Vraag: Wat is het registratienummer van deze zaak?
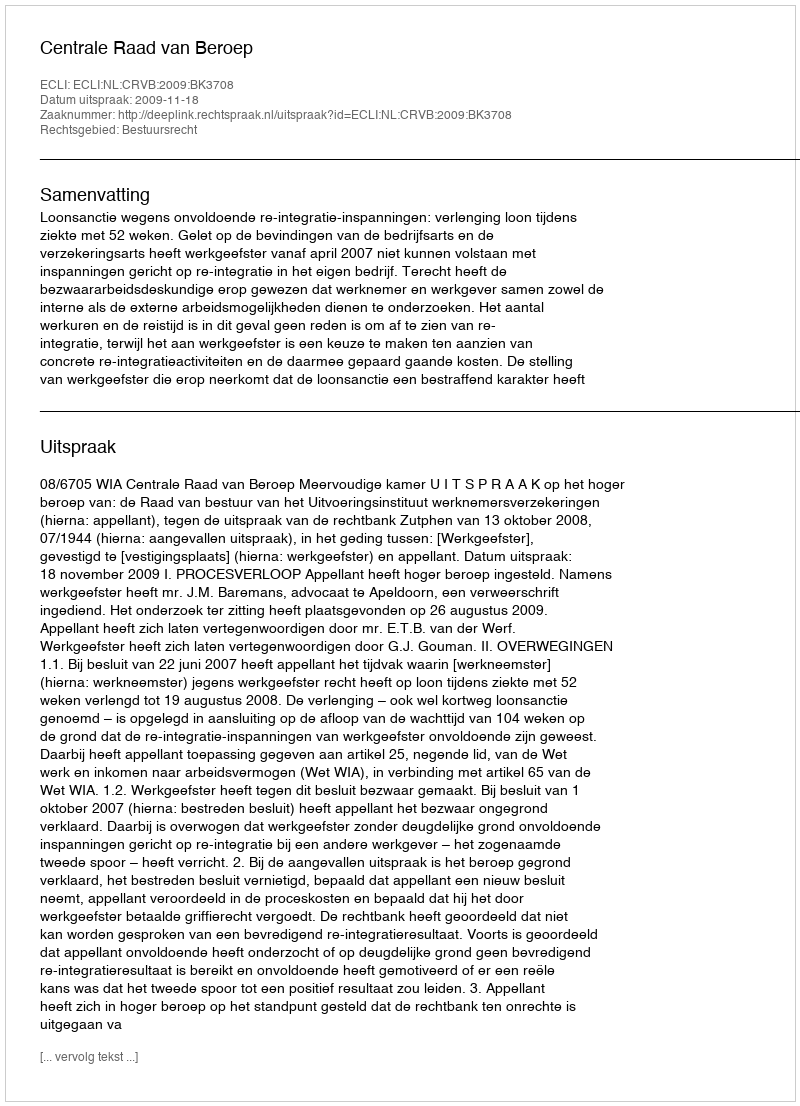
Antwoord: http://deeplink.rechtspraak.nl/uitspraak?id=ECLI:NL:CRVB:2009:BK3708